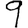
Digit: 9